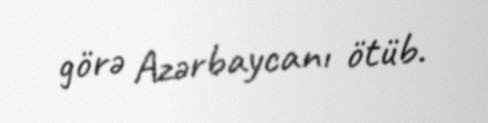
görə Azərbaycanı ötüb.